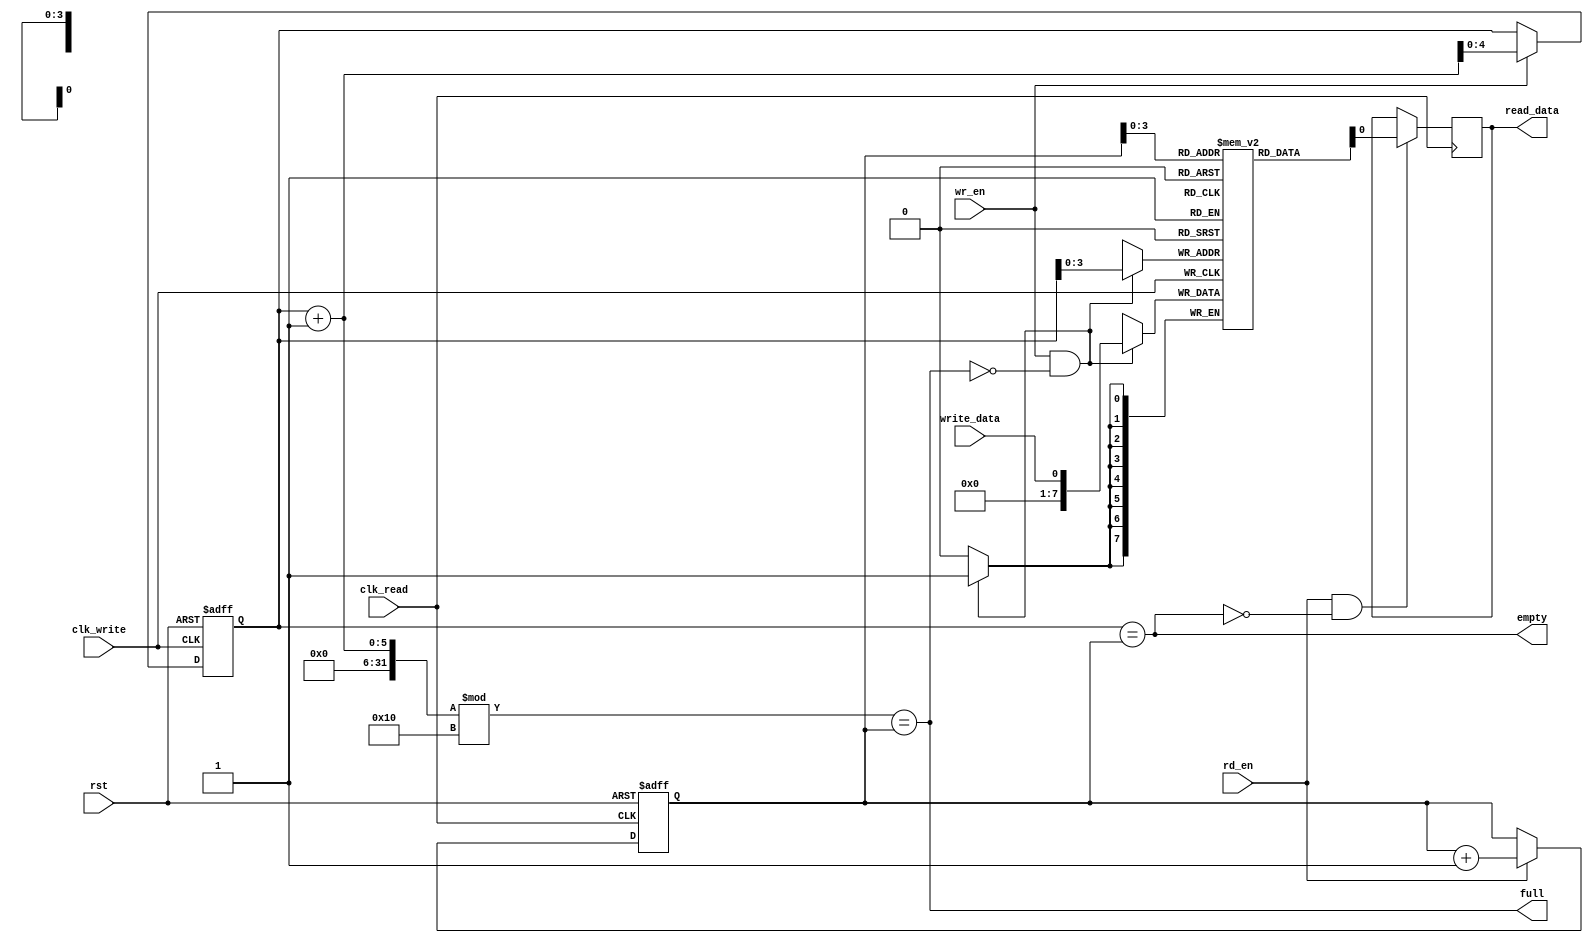
module async_fifo (
  input wire clk_write,
  input wire clk_read,
  input wire rst,
  input wire write_data,
  output reg read_data,
  input wire wr_en,
  input wire rd_en,
  output wire empty,
  output wire full
);

parameter DEPTH = 16;
reg [7:0] memory [0:DEPTH-1];
reg [4:0] wr_ptr = 0;
reg [4:0] rd_ptr = 0;

always @(posedge clk_write or posedge rst) begin
  if (rst)
    wr_ptr <= 0;
  else if (wr_en)
    wr_ptr <= wr_ptr + 1;
end

always @(posedge clk_read or posedge rst) begin
  if (rst)
    rd_ptr <= 0;
  else if (rd_en)
    rd_ptr <= rd_ptr + 1;
end

assign empty = (wr_ptr == rd_ptr);
assign full = ((wr_ptr + 1) % DEPTH == rd_ptr);

always @(posedge clk_write) begin
  if (wr_en && !full)
    memory[wr_ptr] <= write_data;
end

always @(posedge clk_read) begin
  if (rd_en && !empty)
    read_data <= memory[rd_ptr];
end

endmodule